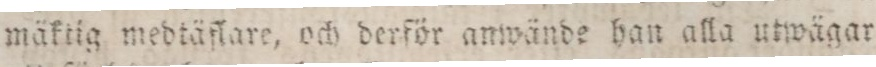
mäktig medtäflare, och derför anwände han alla utwägar